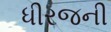
ધીરજની